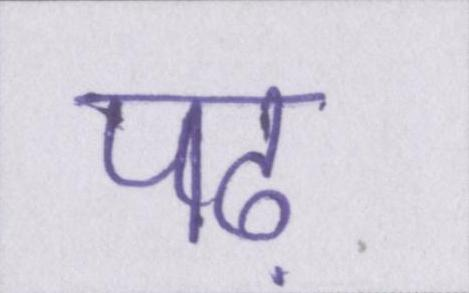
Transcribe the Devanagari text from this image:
पढ़